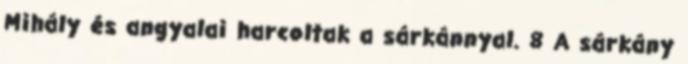
Mihály és angyalai harcoltak a sárkánnyal. 8 A sárkány